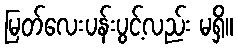
မြတ်လေးပန်းပွင့်လည်း မရှိ။